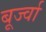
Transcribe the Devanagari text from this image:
बूर्ज्वा